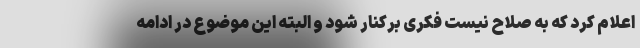
اعلام کرد که به صلاح نیست فکری برکنار شود و البته این موضوع در ادامه